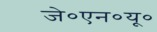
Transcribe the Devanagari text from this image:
जे०एन०यू०